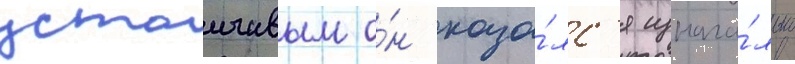
устоичивым о́н каза́лс'я изнача́льно